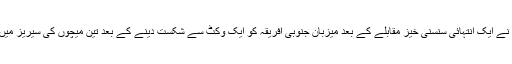
پارل میں کھیلے گئے میچ میں نیوزی لینڈ نے ایک انتہائی سنسنی خیز مقابلے کے بعد میزبان جنوبی افریقہ کو ایک وکٹ سے شکست دینے کے بعد تین میچوں کی سیریز میں ایک صفر سے برتری حاصل کرلی تھی۔